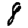
Digit: 8